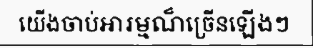
យើងចាប់អារម្មណ៏ច្រើនឡើងៗ